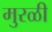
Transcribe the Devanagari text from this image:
मुरळी